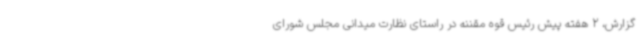
گزارش، 2 هفته پیش رئیس قوه مقننه در راستای نظارت میدانی مجلس شورای